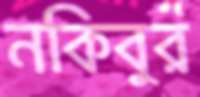
নকিবুর